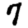
Digit: 7